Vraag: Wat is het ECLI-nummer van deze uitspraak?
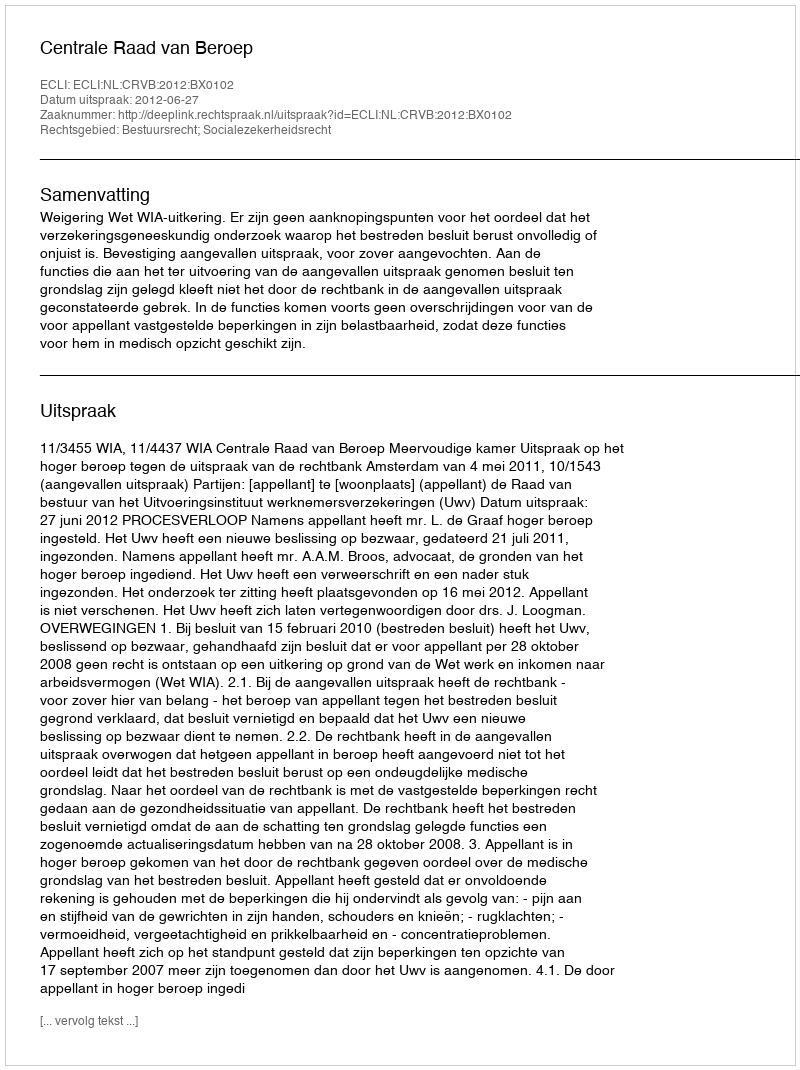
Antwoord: ECLI:NL:CRVB:2012:BX0102